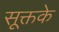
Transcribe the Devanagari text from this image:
सूक्तके